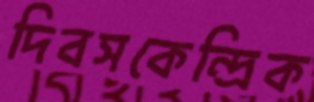
দিবসকেন্দ্রিক